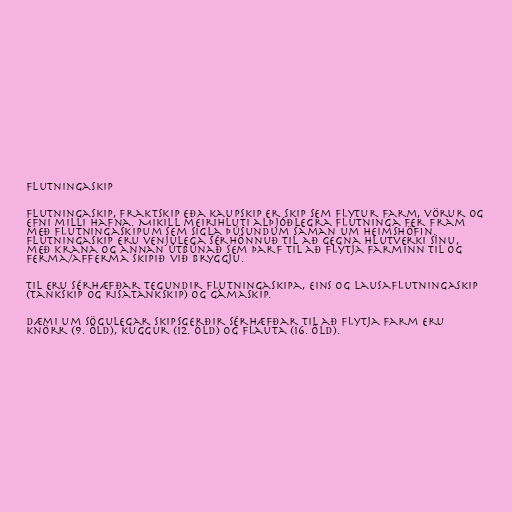
Flutningaskip

Flutningaskip, fraktskip eða kaupskip er skip sem flytur farm, vörur og
efni milli hafna. Mikill meirihluti alþjóðlegra flutninga fer fram
með flutningaskipum sem sigla þúsundum saman um heimshöfin.
Flutningaskip eru venjulega sérhönnuð til að gegna hlutverki sínu,
með krana og annan útbúnað sem þarf til að flytja farminn til og
ferma/afferma skipið við bryggju.

Til eru sérhæfðar tegundir flutningaskipa, eins og lausaflutningaskip
(tankskip og risatankskip) og gámaskip.

Dæmi um sögulegar skipsgerðir sérhæfðar til að flytja farm eru
knörr (9. öld), kuggur (12. öld) og flauta (16. öld).